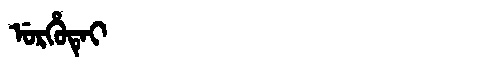
Manchu: ᡠᡵᡥᡠᡨᡝᡳ
Romanization: URHUTEI